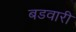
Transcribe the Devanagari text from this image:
बडवारी